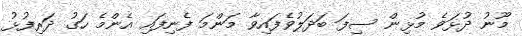
މޫނު ދުޅަވެ މުޅިން ސިފަ ބަދަލުވެފައިވާ މަންމަ ފެނިފައި އެންމެ ހަގު ދަރިފުޅު